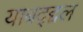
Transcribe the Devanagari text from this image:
याबद्द्दल